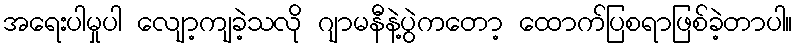
အရေးပါမှုပါ လျော့ကျခဲ့သလို ဂျာမနီနဲ့ပွဲကတော့ ထောက်ပြစရာဖြစ်ခဲ့တာပါ။